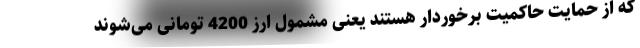
که از حمایت حاکمیت برخوردار هستند یعنی مشمول ارز 4200 تومانی‌ می‌شوند